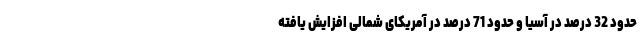
حدود 32 درصد در آسیا و حدود 71 درصد در آمریکای شمالی افزایش یافته